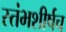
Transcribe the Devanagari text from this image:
स्तंभशीर्षच